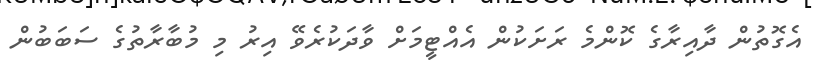
އެގޮތުން ދާއިރާގެ ކޮންމެ ރަށަކުން އެއްޓީމަށް ވާދަކުރެވޭ އިރު މި މުބާރާތުގެ ސަބަބުން